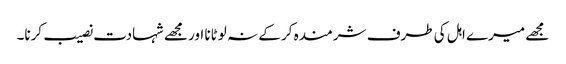
مجھے میرے اہل کی طرف شرمندہ کر کے نہ لوٹانا اور مجھے شہادت نصیب کرنا۔